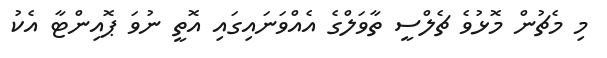
މި މެޗުން މޮޅުވެ ޗެލްސީ ތާވަލްގެ އެއްވަނައިގައި އޮތީ ނުވަ ޕޮއިންޓާ އެކު